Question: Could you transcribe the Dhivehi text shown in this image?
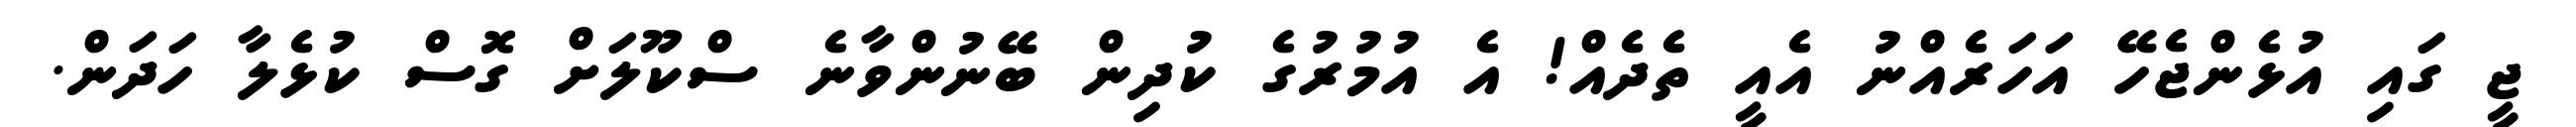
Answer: ޖީ ގައި އުޅެންޖެހޭ އަހަރެއްނު އެއީ ތެދެއް! އެ އުމުރުގެ ކުދިން ބޭނުންވާނެ ސްކޫލަށް ގޮސް ކުޅެލާ ހަދަން.